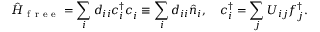
\hat { H } _ { \mathrm { ~ f ~ r ~ e ~ e ~ } } = \sum _ { i } d _ { i i } c _ { i } ^ { \dagger } c _ { i } ^ { \phantom { \dagger } } \equiv \sum _ { i } d _ { i i } \hat { n } _ { i } , \quad c _ { i } ^ { \dagger } = \sum _ { j } U _ { i j } f _ { j } ^ { \dagger } .